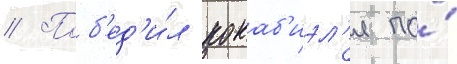
// Поб'ед'и́л кокаб'иэл'я по́